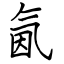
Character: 氤